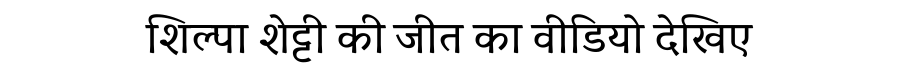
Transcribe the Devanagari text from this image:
शिल्पा शेट्टी की जीत का वीडियो देखिए